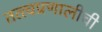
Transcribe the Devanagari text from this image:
तत्त्वप्रणालीची